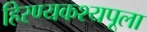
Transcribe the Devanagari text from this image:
हिरण्यकश्यपूला